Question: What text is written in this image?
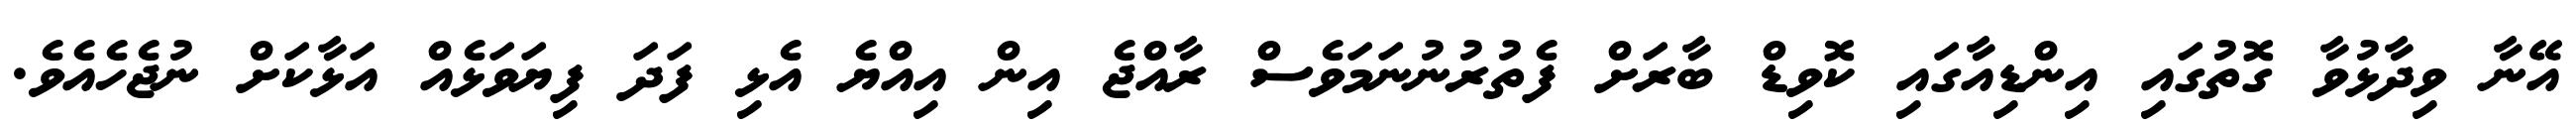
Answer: އޭނާ ވިދާޅުވާ ގޮތުގައި އިންޑިއާގައި ކޮވިޑް ބާރަށް ފެތުރުނުނަމަވެސް ރާއްޖެ އިން އިއްޔެ އެޅި ފަދަ ފިޔަވަޅެއް އަޅާކަށް ނުޖެހެއެވެ.